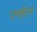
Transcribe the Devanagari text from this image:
एनईएच